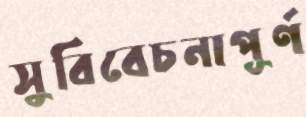
সুবিবেচনাপূর্ণ